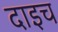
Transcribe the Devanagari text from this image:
दाइच